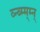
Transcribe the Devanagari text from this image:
व्न्ब्म्म्म्न्